Document type: Dowry acquittance
Year: 1427
Scribe: Pere Tarafa
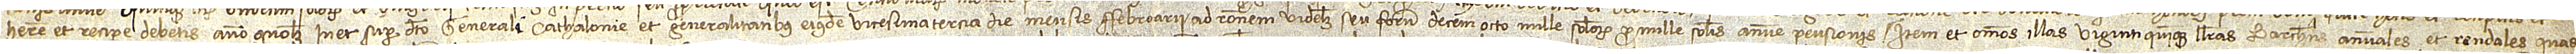
habere et recipere debetis anno quolibet in et super dicto Generali Cathalonie et generalitatibus eiusdem vicesima tercia die mensis febroarii, ad rationem videlicet seu forum decem octo mille solidorum pro mille solidis annue pensionis; item, et omnes illas viginti quinque libras barchinonenses annuales et rendales quas